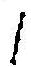
/